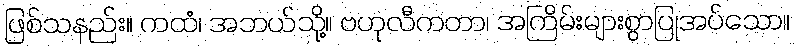
ဖြစ်သနည်း။ ကထံ၊ အဘယ်သို့။ ဗဟုလီကတာ၊ အကြိမ်းများစွာပြုအပ်သော။